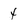
Character: 4